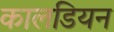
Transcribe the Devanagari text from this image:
कालडियन